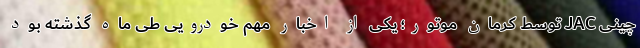
چینی JAC توسط کرمان موتور؛ یکی از اخبار مهم خودرویی طی ماه گذشته بود